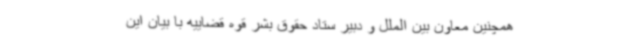
همچنین معاون بین الملل و دبیر ستاد حقوق بشر قوه قضاییه با بیان این